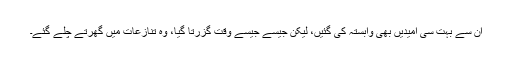
ان سے بہت سی امیدیں بھی وابستہ کی گئیں، لیکن جیسے جیسے وقت گزرتا گیا، وہ تنازعات میں گھرتے چلے گئے۔